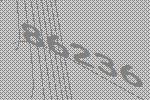
86236